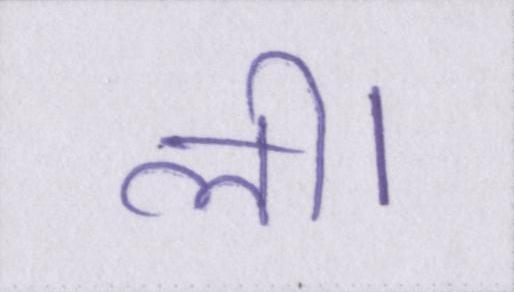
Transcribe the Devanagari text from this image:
ली।